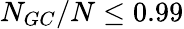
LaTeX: N_{GC}/N\le 0.99